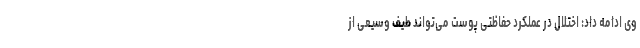
وی ادامه داد: اختلال در عملکرد حفاظتی پوست می‌تواند طیف وسیعی از